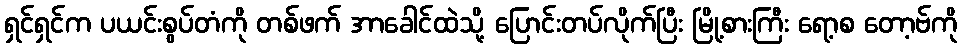
ရှင်ရှင်က ပယင်းစွပ်တံကို တစ်ဖက် အာခေါင်ထဲသို့ ပြောင်းတပ်လိုက်ပြီး မြို့စားကြီး ရော့စ တော့ဗ်ကို